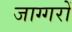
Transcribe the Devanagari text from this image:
जाग्गरों